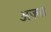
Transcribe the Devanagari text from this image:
अज़्मा